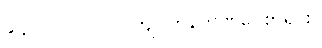
၉၄။ ၁၀၀၀၀၀၀ ကျပ်တန်ဘဏ်ငွေစာရင်း။